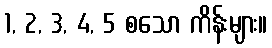
1, 2, 3, 4, 5 စသော ကိန်းများ။